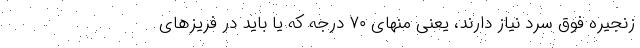
زنجیره فوق سرد نیاز دارند، یعنی منهای ۷۰ درجه که یا باید در فریزهای